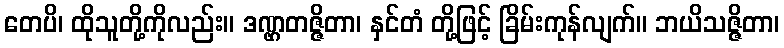
တေပိ၊ ထိုသူတို့ကိုလည်း။ ဒဏ္ဌတဇ္ဇိတာ၊ နှင်တံ တို့ဖြင့် ခြိမ်းကုန်လျက်။ ဘယိသဇ္ဇိတာ၊